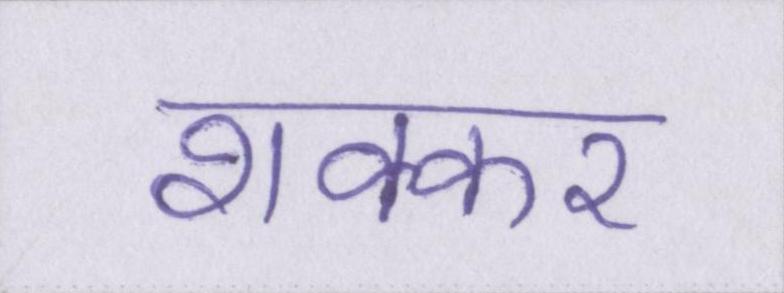
शक्कर